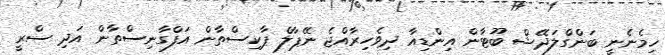
ހިމެނެނީ ބަންގްލަދޭޝް ބޫޓާން އިންޑިއާ ދިވެހިރާއްޖެ ނޭޕާލް ޕާކިސްތާން އަފްގާނިސްތާން އަދި ސްރީ